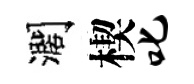
濶楔叱